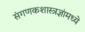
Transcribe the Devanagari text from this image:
संगणकशास्त्रज्ञांमध्ये